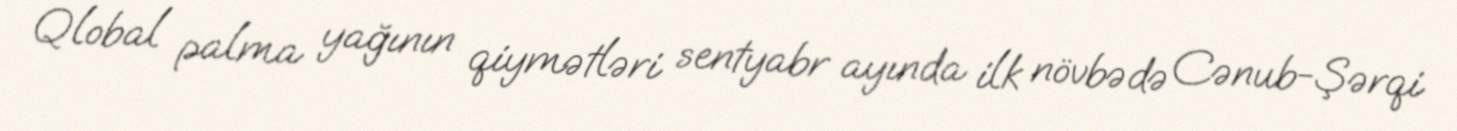
Qlobal palma yağının qiymətləri sentyabr ayında ilk növbədə Cənub-Şərqi